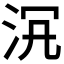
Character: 𣳞